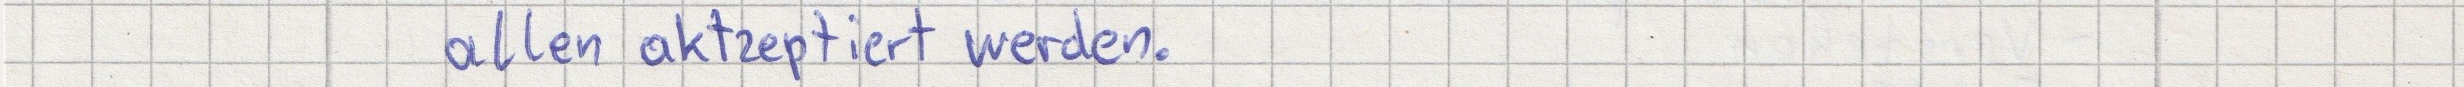
allen aktzeptiert werden.